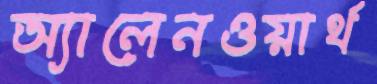
অ্যালেনওয়ার্থ